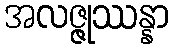
အလဇ္ဇုဿန္နာ